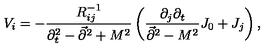
V _ { i } = - { \frac { R _ { i j } ^ { - 1 } } { \partial _ { t } ^ { 2 } - \vec { \partial } ^ { 2 } + M ^ { 2 } } } \left( { \frac { \partial _ { j } \partial _ { t } } { \vec { \partial } ^ { 2 } - M ^ { 2 } } } J _ { 0 } + J _ { j } \right) ,